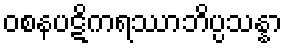
ဝစနပဋိကရဿာဘိပ္ပသန္နာ